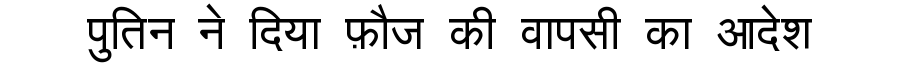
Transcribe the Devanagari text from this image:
पुतिन ने दिया फ़ौज की वापसी का आदेश